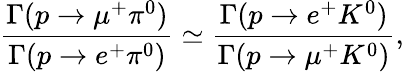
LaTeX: \frac{\Gamma(p\rightarrow\mu^{+}\pi^{0})}{\Gamma(p\rightarrow e^{+}\pi^{0})}\simeq\frac{\Gamma(p\rightarrow e^{+}K^{0})}{\Gamma(p\rightarrow\mu^{+}K^{0})},